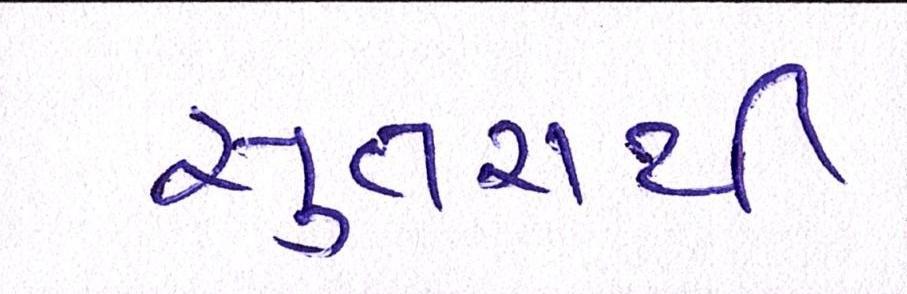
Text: સુતરાની